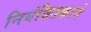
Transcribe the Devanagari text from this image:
नियंत्रितकरने